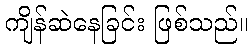
ကျိန်ဆဲနေခြင်း ဖြစ်သည်။